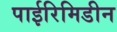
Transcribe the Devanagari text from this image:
पाईरिमिडीन